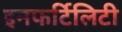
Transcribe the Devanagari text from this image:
इनफर्टिलिटी